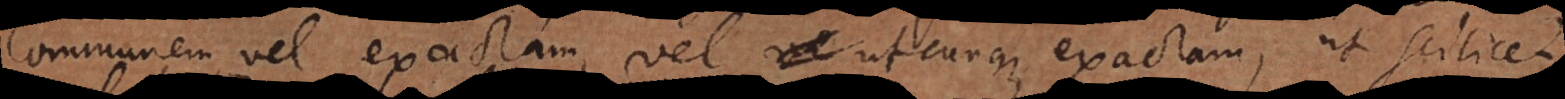
communem, vel exactam, vel utcunque exactam, ut scilicet